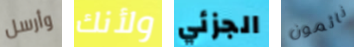
وأرسل ولأنك الجزئي نائمون